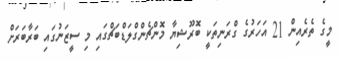
މީގެ ތެރެއިން 21 އަހަރުގެ ގްރަނިތަކީ ބޮރޫޝިޔާ މޮންޗެންގްލަޑްބަޗްގައި މި ސީޒަނުގައި ބަރާބަރަށް